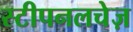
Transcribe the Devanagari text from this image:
स्टीपनलचेज़